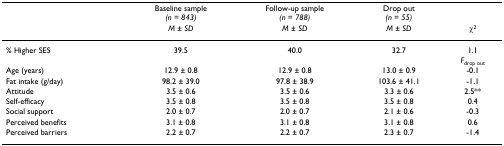
<table><thead><tr><td></td><td><b>Baseline sample<i>(n = 843)</i></b></td><td><b>Follow-up sample<i>(n = 788)</i></b></td><td><b>Drop out<i>(n = 55)</i></b></td><td></td></tr><tr><td></td><td><b><i>M </i>± <i>SD</i></b></td><td><b><i>M </i>± <i>SD</i></b></td><td><b><i>M </i>± <i>SD</i></b></td><td><b>χ<sup>2</sup></b></td></tr></thead><tbody><tr><td>% Higher SES</td><td>39.5</td><td>40.0</td><td>32.7</td><td>1.1</td></tr><tr><td></td><td></td><td></td><td></td><td><i>F</i><sub>drop out</sub></td></tr><tr><td>Age (years)</td><td>12.9 ± 0.8</td><td>12.9 ± 0.8</td><td>13.0 ± 0.9</td><td>-0.1</td></tr><tr><td>Fat intake (g/day)</td><td>98.2 ± 39.0</td><td>97.8 ± 38.9</td><td>103.6 ± 41.1</td><td>-1.1</td></tr><tr><td>Attitude</td><td>3.5 ± 0.6</td><td>3.5 ± 0.6</td><td>3.3 ± 0.6</td><td>2.5**</td></tr><tr><td>Self-efficacy</td><td>3.5 ± 0.8</td><td>3.5 ± 0.8</td><td>3.5 ± 0.8</td><td>0.4</td></tr><tr><td>Social support</td><td>2.0 ± 0.7</td><td>2.0 ± 0.7</td><td>2.1 ± 0.6</td><td>-0.3</td></tr><tr><td>Perceived benefits</td><td>3.1 ± 0.8</td><td>3.1 ± 0.8</td><td>3.1 ± 0.8</td><td>0.6</td></tr><tr><td>Perceived barriers</td><td>2.2 ± 0.7</td><td>2.2 ± 0.7</td><td>2.3 ± 0.7</td><td>-1.4</td></tr></tbody></table>